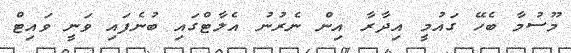
މޫސުމާ ބެހޭ ގައުމީ އިދާރާ އިން ނެރުނު އެލާޓްގައި ބުނެފައި ވަނީ ވައިޓް